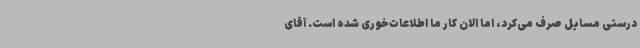
درستی مسایل صرف می‌کرد، اما الان کار ما اطلاعات‌خوری شده است. آقای